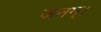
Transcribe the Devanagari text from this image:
जनम्।